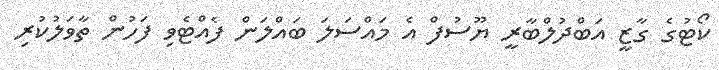
ކޯޓުގެ ގާޒީ އަބްދުލްބާރީ ޔޫސުފް އެ މައްސަލަ ބައްލަން ފެއްޓެވި ފަހުން ތާވަލުކުރި